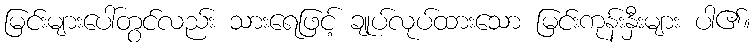
မြင်းများပေါ်တွင်လည်း သားရေဖြင့် ချုပ်လုပ်ထားသော မြင်းကုန်းနှီးများ ပါ၏။